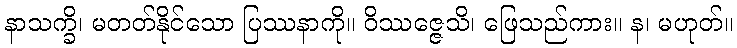
နာသက္ခိ၊ မတတ်နိုင်သော ပြဿနာကို။ ဝိဿဇ္ဇေသိ၊ ဖြေသည်ကား။ န၊ မဟုတ်။